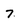
Character: 7